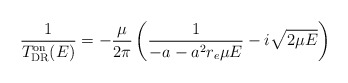
\begin{align*}\frac{1}{T_{\rm DR}^{\rm on}(E)}=-\frac{\mu}{2 \pi}\left(\frac{1}{-a - a^2 r_e \mu E} - i\sqrt{2 \mu E} \right)\end{align*}